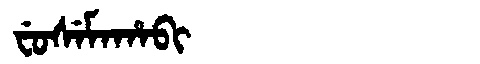
Manchu: ᠸᡠᠰᡝᠮᠠᡥᠠᠪᡳ
Romanization: FUSEMAHABI